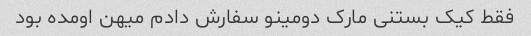
فقط کیک بستنی مارک دومینو سفارش دادم میهن اومده بود